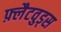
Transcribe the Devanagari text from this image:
फ़्लैटवुड्स